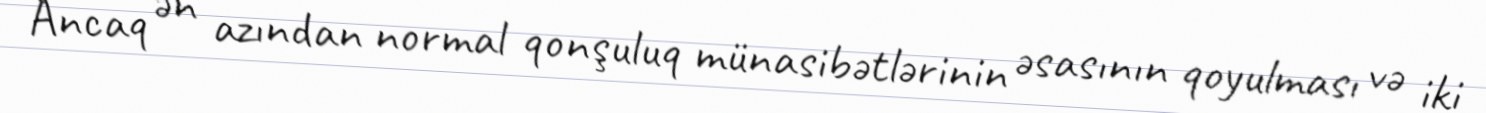
Ancaq ən azından normal qonşuluq münasibətlərinin əsasının qoyulması və iki